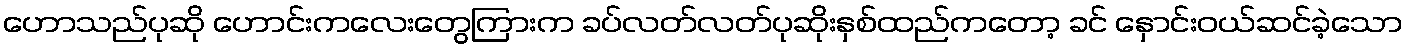
ဟောသည်ပုဆို ဟောင်းကလေးတွေကြားက ခပ်လတ်လတ်ပုဆိုးနှစ်ထည်ကတော့ ခင် နှောင်းဝယ်ဆင်ခဲ့သော